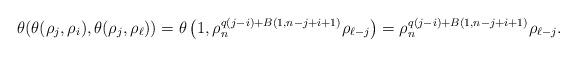
LaTeX: \begin{align*}\theta (\theta(\rho_{j}, \rho_{i}), \theta(\rho_{j}, \rho_{\ell}))&=\theta\left(1,\rho_n^{q(j-i)+B(1,n-j+i+1)} \rho_{\ell-j}\right)=\rho_n^{q(j-i)+B(1,n-j+i+1)} \rho_{\ell-j}.\end{align*}